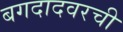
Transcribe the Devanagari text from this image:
बगदादवरची